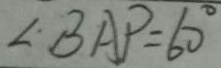
\angle B A P = 6 0 ^ { \circ }